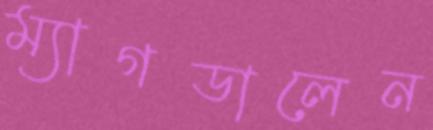
ম্যাগডালেন